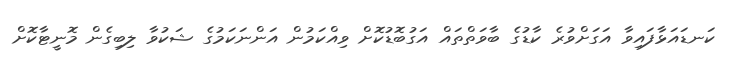
ކަނޑައަޅާފައިވާ އަގަށްވުރެ ކާޑުގެ ބާވަތްތައް އަގުބޮޑުކޮށް ވިއްކަމުން އަންނަކަމުގެ ޝަކުވާ ލިބިގެން މޮނީޓާކޮށް